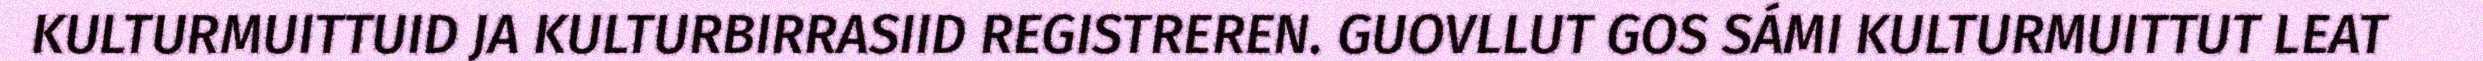
KULTURMUITTUID JA KULTURBIRRASIID REGISTREREN. GUOVLLUT GOS SÁMI KULTURMUITTUT LEAT